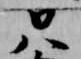
只